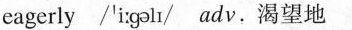
eagerly /'i:galǐ/ adv,渴望地